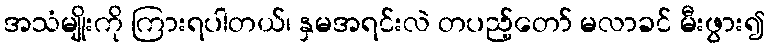
အသံမျိုးကို ကြားရပါတယ်၊ နှမအရင်းလဲ တပည့်တော် မလာခင် မီးဖွား၍